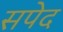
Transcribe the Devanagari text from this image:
सपेद